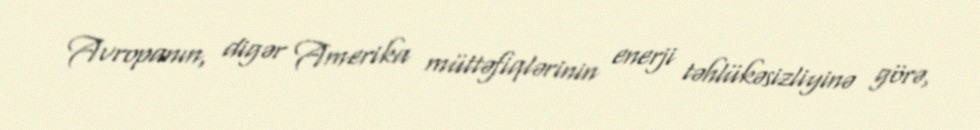
Avropanın, digər Amerika müttəfiqlərinin enerji təhlükəsizliyinə görə,